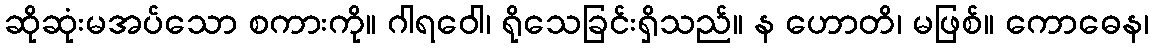
ဆိုဆုံးမအပ်သော စကားကို။ ဂါရဝေါ၊ ရိုသေခြင်းရှိသည်။ န ဟောတိ၊ မဖြစ်။ ကောဓေန၊